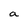
Character: a